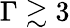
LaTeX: \Gamma\gtrsim 3